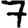
Digit: 7